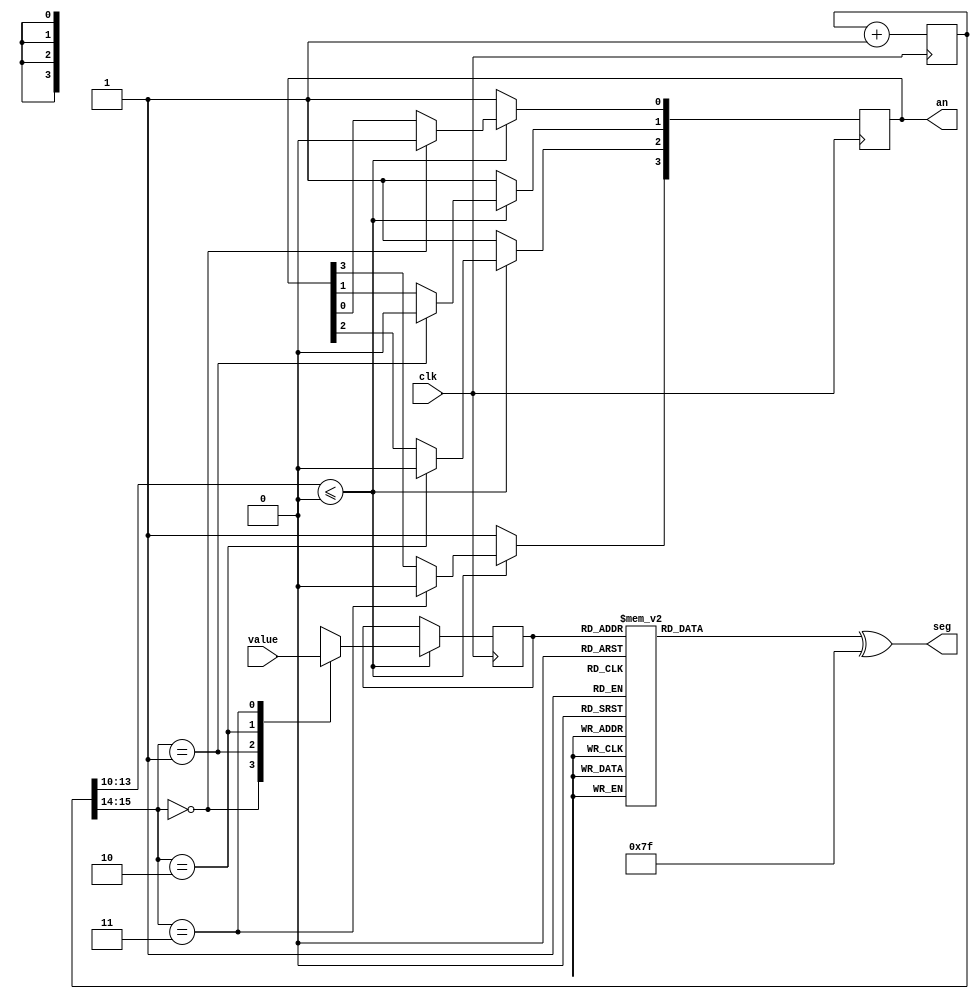
module sevenseg(input [15:0] value, input clk, output reg [3:0] an, output [6:0] seg);

   // Duty Cycle controls the brightness of the seven segment display (0..15)
   parameter SEVEN_SEG_DUTY_CYCLE = 0;
   
   reg [15:0]   counter;
   reg [3:0]    binary;
   reg [6:0]    sseg;

   always @(posedge clk) begin
      counter <= counter + 1;
      // important to enable anode with a low duty cycle, as no resistors!
      if (counter[13:10] <= SEVEN_SEG_DUTY_CYCLE) begin
         case (counter[15:14])
           2'b00:
             { an[0], binary} <= {1'b0, value[15:12]};
           2'b01:
             { an[1], binary} <= {1'b0, value[11:8]};
           2'b10:
             { an[2], binary} <= {1'b0, value[7:4]};
           2'b11:
             { an[3], binary} <= {1'b0, value[3:0]};
         endcase
      end else begin
         an <= 4'b1111;
      end
   end

   always @(binary)
     case (binary)
       4'b0000 :
         sseg <= 7'b1111110; // ABCDEFG
       4'b0001 :
         sseg <= 7'b0110000;
       4'b0010 :
         sseg <= 7'b1101101;
       4'b0011 :
         sseg <= 7'b1111001;
       4'b0100 :
         sseg <= 7'b0110011;
       4'b0101 :
         sseg <= 7'b1011011;
       4'b0110 :
         sseg <= 7'b1011111;
       4'b0111 :
         sseg <= 7'b1110000;
       4'b1000 :
         sseg <= 7'b1111111;
       4'b1001 :
         sseg <= 7'b1111011;
       4'b1010 :
         sseg <= 7'b1110111;
       4'b1011 :
         sseg <= 7'b0011111;
       4'b1100 :
         sseg <= 7'b1001110;
       4'b1101 :
         sseg <= 7'b0111101;
       4'b1110 :
         sseg <= 7'b1001111;
       4'b1111 :
         sseg <= 7'b1000111;
     endcase

   // segements are active low
   assign seg = sseg ^ 7'b1111111;

endmodule